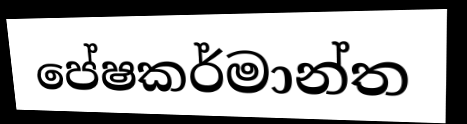
පේෂකර්මාන්ත